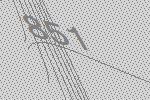
851